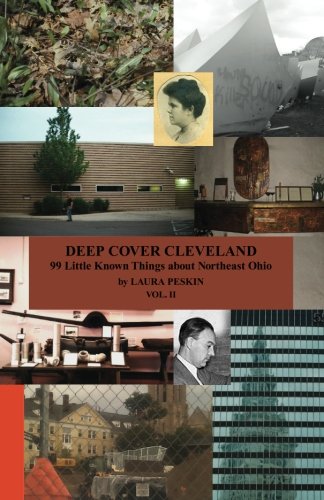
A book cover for DEEP COVER CLEVELAND: 99 Little Known Things about Northeast Ohio, vol. II (Volume 2); Ms Laura M. Peskin; Travel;